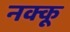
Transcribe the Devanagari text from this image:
नक्कू